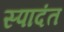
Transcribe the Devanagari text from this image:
स्पादंत